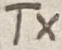
Text: TX